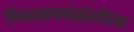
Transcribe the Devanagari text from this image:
शिवरामपंतांवरील